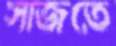
সাজতে